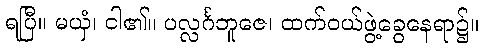
ရပြီ။ မယှံ၊ ငါ၏။ ပလ္လင်္ဂဘူဇေ၊ ထက်ဝယ်ဖွဲ့ခွေနေရာ၌။